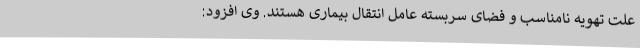
علت تهویه نامناسب و فضای سربسته عامل انتقال بیماری هستند. وی افزود: